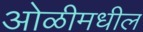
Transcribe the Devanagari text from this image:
ओळीमधील